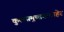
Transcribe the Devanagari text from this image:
कुलसमुच्चयाबाहेर